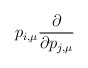
\begin{align*}p_{i,\mu} \frac{\partial}{\partial p_{j,\mu} }\end{align*}